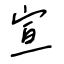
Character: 宣